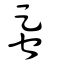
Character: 蛋